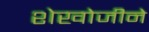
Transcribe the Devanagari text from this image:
शेखोजीने